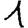
Digit: 1